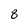
Character: 8